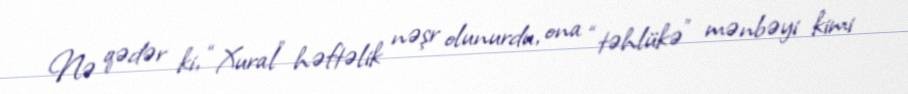
Nə qədər ki, “Xural” həftəlik nəşr olunurdu, ona “təhlükə” mənbəyi kimi